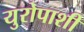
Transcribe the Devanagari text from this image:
युरोपाशी